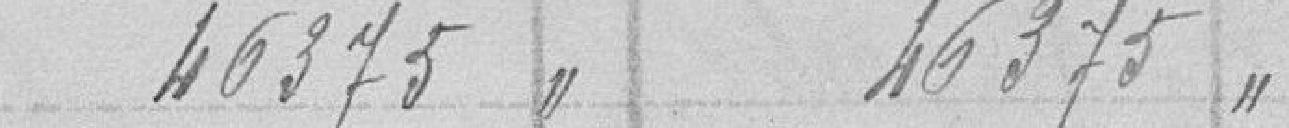
46375      46375